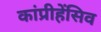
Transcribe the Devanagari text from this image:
कांप्रीहेंसिव